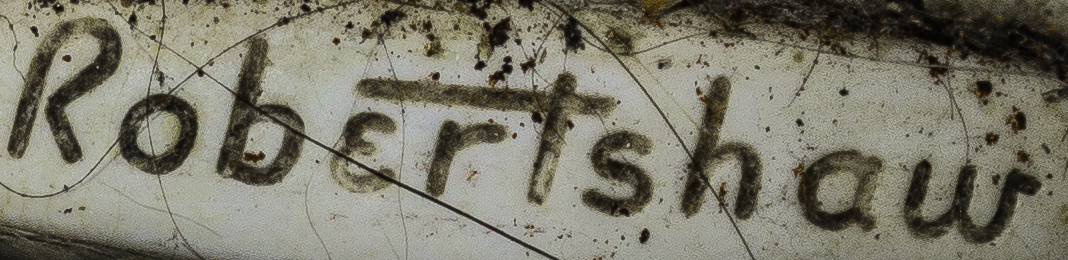
Robertshaw